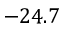
- 2 4 . 7